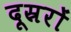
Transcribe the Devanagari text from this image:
दूस्ररों